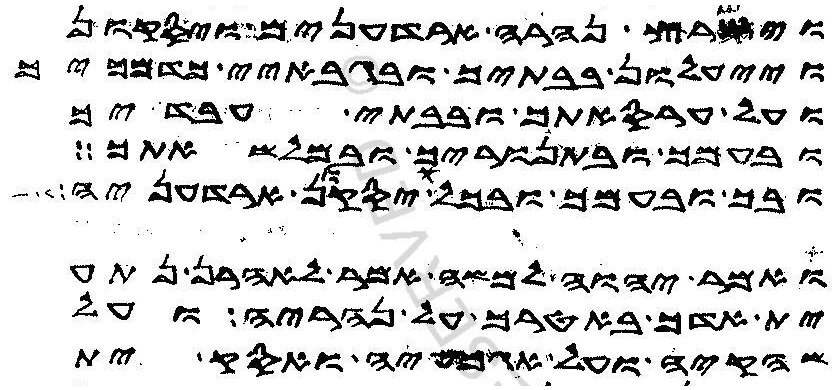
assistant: וישרץ נהרה ארדענים ויסקון
וייעלון בבתיך ובגבאיי מדמכיך
ועל ערסאתך ובבתי עבדיך
ובעמך ובתנוריך ובמלשאתך
ובך ובעמך ובכל עבדיך יסקון ארדעניה
ואמר יהוה למשה אמר לאהרן נתע
ית אדך באטרך על נהריה ועל
שהקיה ועל אגמעיה ואסק ית